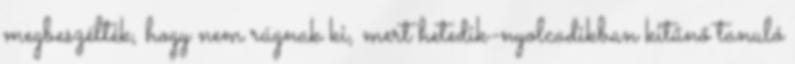
megbeszélték, hogy nem rúgnak ki, mert hetedik-nyolcadikban kitűnő tanuló